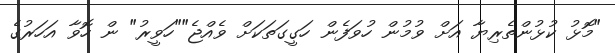
"މޮޅު ކުޅުންތެރިޔާ އަށް ވުމުން ހުވަފެން ހަގީގަތަކަށް ވެއްޖެ""ހަވީރު" ން ހޮވާ އަހަރުގެ